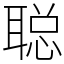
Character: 聪